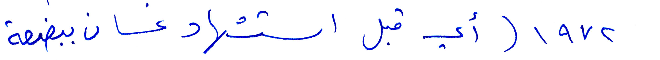
١۹٧٢ (أي قبل استشهاد غسان ببضعة